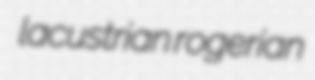
lacustrian rogerian